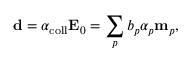
\mathbf { d } = \alpha _ { \mathrm { c o l l } } \mathbf { E } _ { 0 } = \sum _ { p } b _ { p } \alpha _ { p } \mathbf { m } _ { p } ,